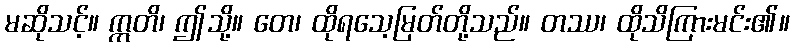
မဆိုသင့်။ ဣတိ၊ ဤသို့။ တေ၊ ထိုရသေ့မြတ်တို့သည်။ တဿ၊ ထိုသိကြားမင်း၏။